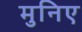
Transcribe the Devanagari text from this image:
मुनिए